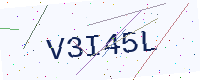
Text: V3I45L